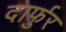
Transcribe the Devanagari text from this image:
दार्फुर